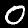
Digit: 0